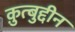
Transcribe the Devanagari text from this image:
क़ुत्बुद्दीन